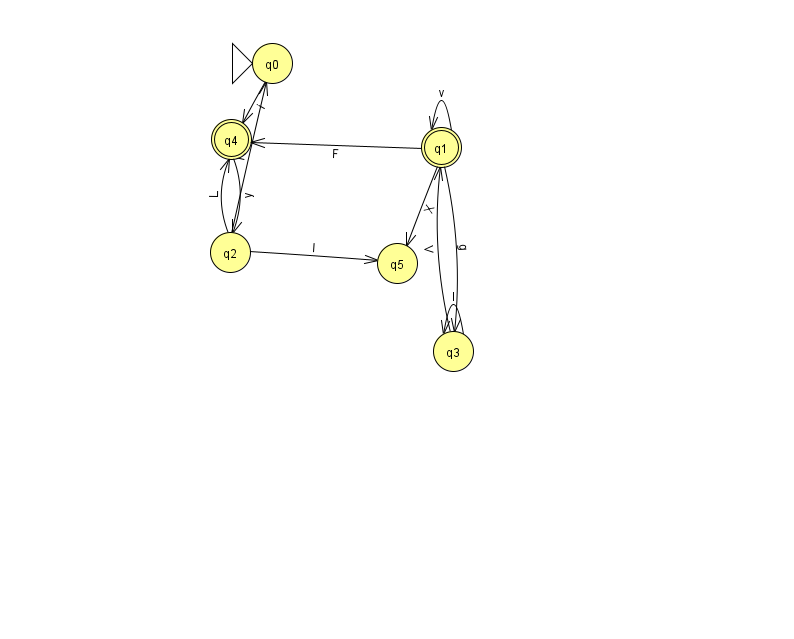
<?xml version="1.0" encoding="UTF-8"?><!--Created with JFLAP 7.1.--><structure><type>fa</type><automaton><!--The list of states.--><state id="0" name="q0"><x>272.0</x><y>50.0</y><initial/></state><state id="1" name="q1"><x>441.0</x><y>134.0</y><final/></state><state id="2" name="q2"><x>230.0</x><y>239.0</y></state><state id="3" name="q3"><x>453.0</x><y>338.0</y></state><state id="4" name="q4"><x>231.0</x><y>126.0</y><final/></state><state id="5" name="q5"><x>397.0</x><y>250.0</y></state><!--The list of transitions.--><transition><from>2</from><to>0</to><read>N</read></transition><transition><from>1</from><to>3</to><read>g</read></transition><transition><from>1</from><to>5</to><read>X</read></transition><transition><from>3</from><to>1</to><read>V</read></transition><transition><from>0</from><to>4</to><read>i</read></transition><transition><from>1</from><to>1</to><read>v</read></transition><transition><from>2</from><to>5</to><read>I</read></transition><transition><from>4</from><to>2</to><read>y</read></transition><transition><from>1</from><to>4</to><read>F</read></transition><transition><from>2</from><to>4</to><read>L</read></transition><transition><from>3</from><to>3</to><read>l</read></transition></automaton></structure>